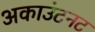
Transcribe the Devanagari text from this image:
अकाउंटनट